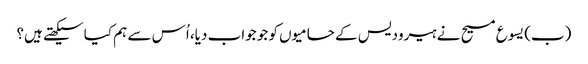
‏ (‏ب)‏ یسوع مسیح نے ہیرودیس کے حامیوں کو جو جواب دیا،‏ اُس سے ہم کیا سیکھتے ہیں؟